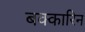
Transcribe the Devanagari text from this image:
बक्कारिन